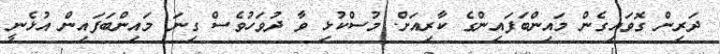
ދަރިން ގޮވައިގެން މައިންބަފައިންގެ ކާރިއަށް. މުސްކުޅި ވާ ދުވަހުވެސް ގިނަ މައިންބަފައިން އުޅެނީ